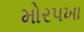
મોરપખા